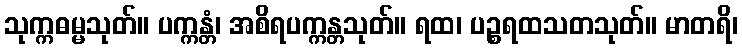
သုက္ကဓမ္မသုတ်။ ပက္ကန္တံ၊ အစိရပက္ကန္တသုတ်။ ရထ၊ ပဉ္စရထသတသုတ်။ မာတရိ၊